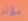
مؤثر